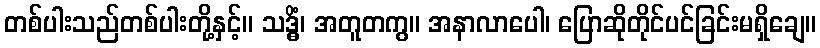
တစ်ပါးသည်တစ်ပါးတို့နှင့်။ သဒ္ဓိံ၊ အတူတကွ။ အနာလာပေါ၊ ပြောဆိုတိုင်ပင်ခြင်းမရှိချေ။